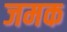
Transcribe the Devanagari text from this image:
जमक